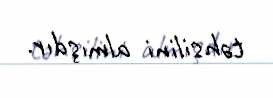
təhsilini almışdır.